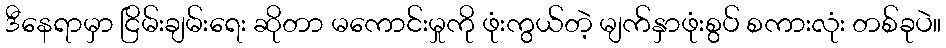
ဒီနေရာမှာ ငြိမ်းချမ်းရေး ဆိုတာ မကောင်းမှုကို ဖုံးကွယ်တဲ့ မျက်နှာဖုံးစွပ် စကားလုံး တစ်ခုပဲ။